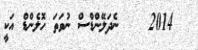
2014    ނެދަލޭންޑްސް ނުވަތަ ހޮލެންޑް އަކީ